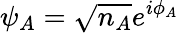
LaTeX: \psi_{A}={\sqrt{n_{A}}}e^{i\phi_{A}}